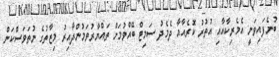
ބުނެފައިވަނީ އެމެރިކާއާއި އުތުރު ކޮރެއާއާ ދެމެދު ސަމިޓް ބޭއްވުމަށް ތައްޔާރުވަމުންދާއިރު މިޒާތުގެ ނުތަވަސްކަން